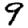
Digit: 9